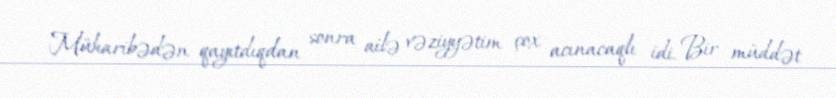
Müharibədən qayıtdıqdan sonra ailə vəziyyətim çox acınacaqlı idi. Bir müddət